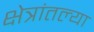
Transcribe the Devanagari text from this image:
क्षेत्रांतल्या